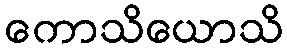
ကောသိယောသိ